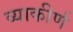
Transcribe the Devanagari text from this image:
व्याकीर्ण